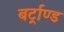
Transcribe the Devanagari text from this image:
बर्ट्राण्ड